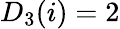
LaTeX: D_{3}(i)=2